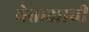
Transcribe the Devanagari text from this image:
चेताक्षाची